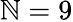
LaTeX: \mathbb{N}=9